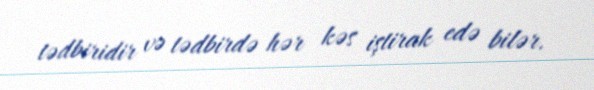
tədbiridir və tədbirdə hər kəs iştirak edə bilər.